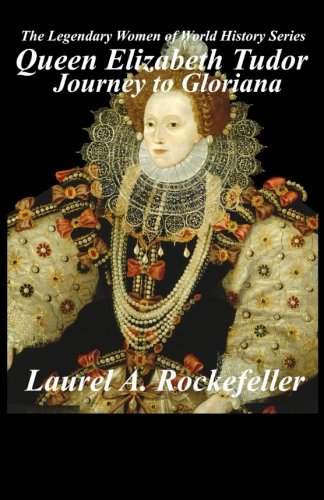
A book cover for Queen Elizabeth Tudor: Journey to Gloriana (The Legendary Women of World History) (Volume 4); Laurel A. Rockefeller; Children's Books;